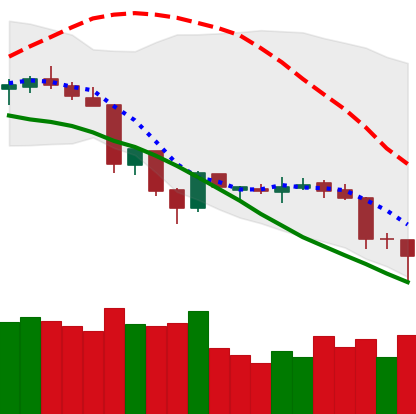
Ticker: XLM-USD
Chart end date: 2018-06-24
Forward return: -3.575%
Label: down_3_5